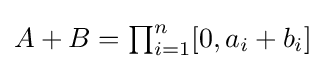
{\textstyle A+B=\prod _{i=1}^{n}[0,a_{i}+b_{i}]}